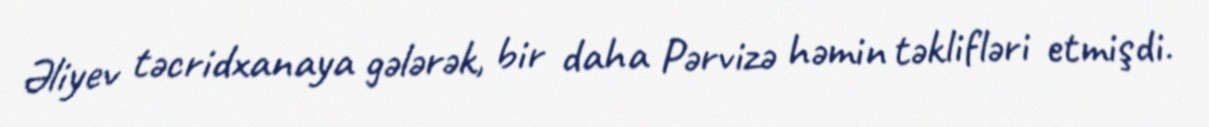
Əliyev təcridxanaya gələrək, bir daha Pərvizə həmin təklifləri etmişdi.